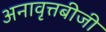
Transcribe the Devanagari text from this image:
अनावृत्तबीजी